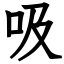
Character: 吸